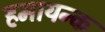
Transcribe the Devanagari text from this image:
हमायन्क